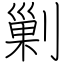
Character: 剿